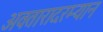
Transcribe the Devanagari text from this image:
अवतारादरम्यान